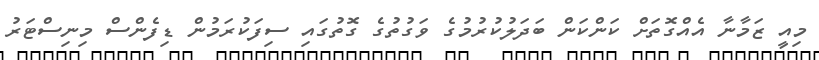
މިއީ ޒަމާނާ އެއްގޮތަށް ކަންކަން ބަދަލުކުރުމުގެ ވަގުތުގެ ގޮތުގައި ސިފަކުރަމުން ޑިފެންސް މިނިސްޓަރު